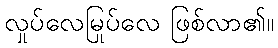
လှုပ်လေမြုပ်လေ ဖြစ်လာ၏။